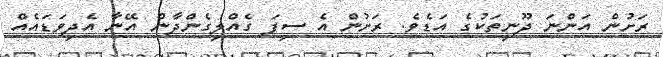
ރަށުން އަންނަ ދޫނިތަކުގެ އަޑެވެ. ރަށުން އެ ސިފަ ގެއްލިގެންދާން އޭނާ އެދިވަޑައެއް